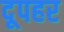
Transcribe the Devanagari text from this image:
दूपहर